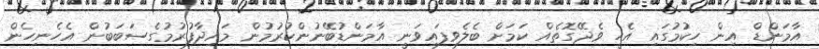
އާމަންޑް އިން ހިކުމުގައި އެހީ ވެދޭގޮތެއް ކަމަށް ބެލެވިފައިވަނީ އާމަންޑުބޭނުންކުރުމުން މައިދާފުރުމުގެސަބަބުން އެހެނިހެން